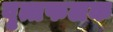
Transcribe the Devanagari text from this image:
वृत्तफलक